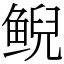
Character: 鲵